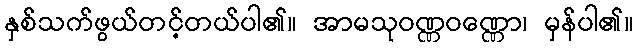
နှစ်သက်ဖွယ်တင့်တယ်ပါ၏။ အာမသုဝဏ္ဏဝဏ္ဏော၊ မှန်ပါ၏။